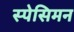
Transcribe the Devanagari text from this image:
स्पेसिमन